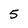
Character: 5